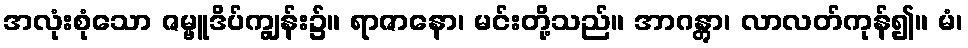
အလုံးစုံသော ဇမ္ဗူဒိပ်ကျွန်း၌။ ရာဇာနော၊ မင်းတို့သည်။ အာဂန္တွာ၊ လာလတ်ကုန်၍။ မံ၊